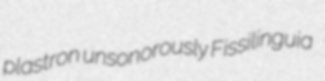
plastron unsonorously Fissilinguia